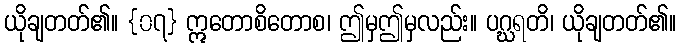
ယိုချတတ်၏။ {၀၇} ဣတောစိတောစ၊ ဤမှဤမှလည်း။ ပဂ္ဃရတိ၊ ယိုချတတ်၏။